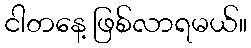
ငါတနေ့ ဖြစ်လာရမယ်။